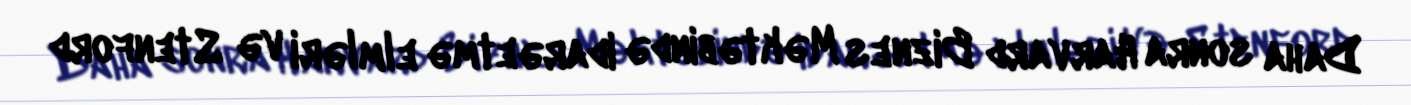
Daha sonra Harvard Biznes Məktəbində idarəetmə elmləri və Stenford